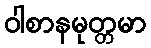
ဝါစာနမုတ္တမာ